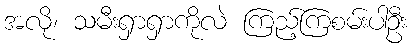
အလို၊ သမီးရှာရှာကိုလဲ ကြည့်ကြစမ်းပါဦး